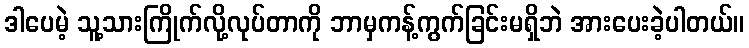
ဒါပေမဲ့ သူ့သားကြိုက်လို့လုပ်တာကို ဘာမှကန့်ကွက်ခြင်းမရှိဘဲ အားပေးခဲ့ပါတယ်။